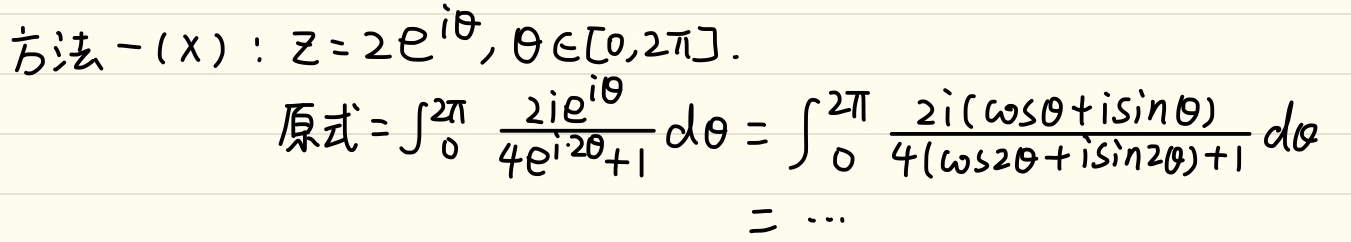
方法一(X): $z = 2e^{i\theta}, \theta \in [0,2\pi]$.

原式$=\int_{0}^{2\pi} \frac{2ie^{i\theta}}{4e^{i\cdot 2\theta}+1} d\theta = \int_{0}^{2\pi} \frac{2i(\cos\theta + i\sin\theta)}{4(\cos2\theta + i\sin2\theta)+1} d\theta=\cdots$